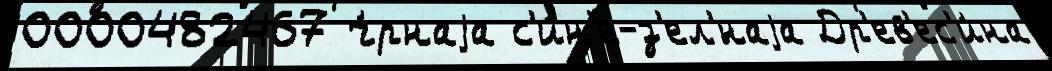
0000482467 ч́рнаjа с'и́н'е-з'ел'́наjа Др'ев'ес'и́на